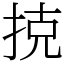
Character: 𢭪